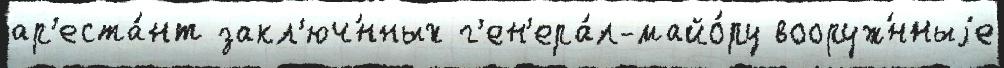
ар'еста́нт закл'юч́нных г'ен'ера́л-майо́ру вооруж́нныjе